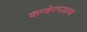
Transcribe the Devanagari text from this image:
कन्हेरगडाचा